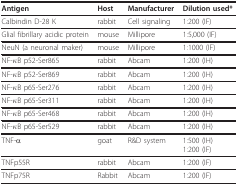
| Antigen | Host | Manufacturer | Dilution used* |
 | --- | --- | --- | --- |
 | Calbindin D-28 K | rabbit | Cell signaling | 1:200 (IF) |
 | Glial fibrillary acidic protein | mouse | Millipore | 1:5,000 (IF) |
 | NeuN (a neuronal maker) | mouse | Millipore | 1:1000 (IF) |
 | NF-κB p52-Ser865 | rabbit | Abcam | 1:200 (IH) |
 | NF-κB p52-Ser869 | rabbit | Abcam | 1:200 (IH) |
 | NF-κB p65-Ser276 | rabbit | Abcam | 1:200 (IH) |
 | NF-κB p65-Ser311 | rabbit | Abcam | 1:200 (IH) |
 | NF-κB p65-Ser468 | rabbit | Abcam | 1:200 (IH) |
 | NF-κB p65-Ser529 | rabbit | Abcam | 1:200 (IH) |
 | TNF-α | goat | R&D system | 1:500 (IH)1:200 (IF) |
 | TNFp55R | rabbit | Abcam | 1:200 (IF) |
 | TNFp75R | Rabbit | Abcam | 1:200 (IF) |